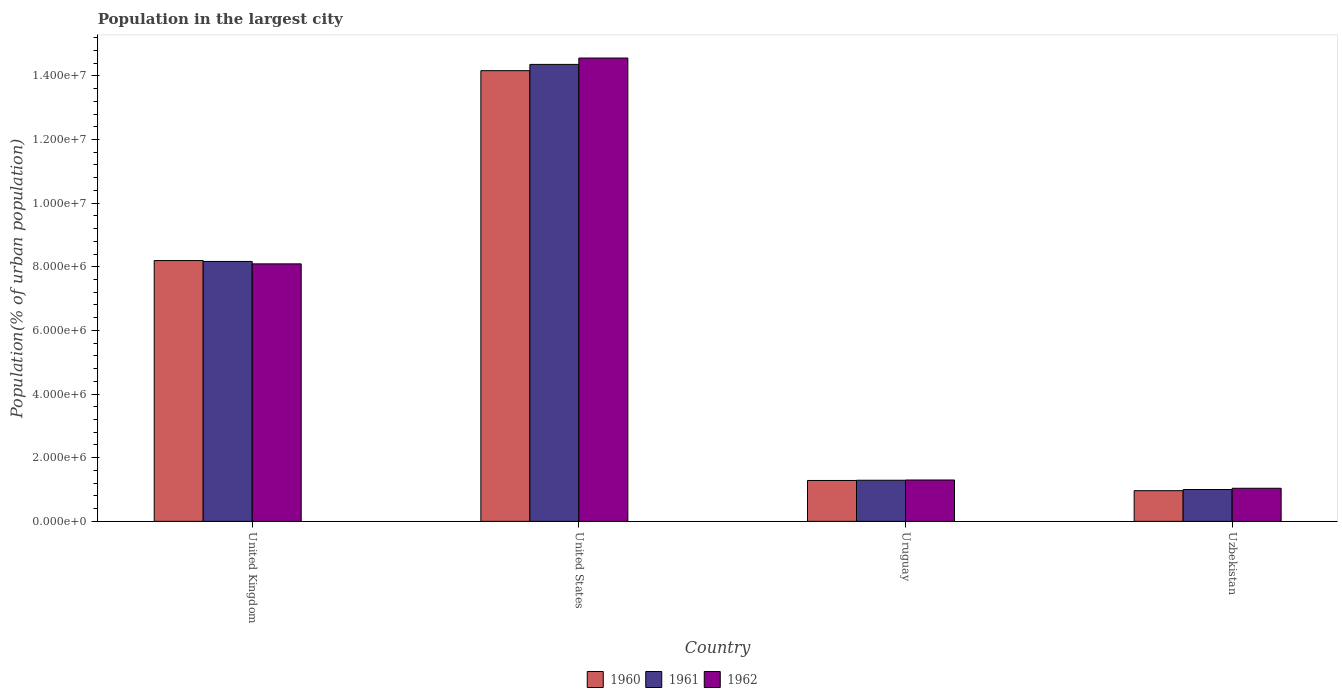
| Country | 1960 | 1961 | 1962 |
 | --- | --- | --- | --- |
 | United Kingdom | 8.2e+06 | 8.17e+06 | 8.09e+06 |
 | United States | 1.42e+07 | 1.44e+07 | 1.46e+07 |
 | Uruguay | 1.28e+06 | 1.29e+06 | 1.3e+06 |
 | Uzbekistan | 9.64e+05 | 1e+06 | 1.04e+06 |